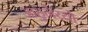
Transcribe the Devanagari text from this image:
आहुनेय्यो